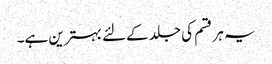
یہ ہر قسم کی جلد کےلئے بہترین ہے۔